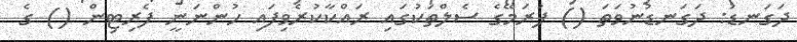
ދަގަނޑު: ދަގަނޑުނުވަތަ () ފުރަމޭގެ ސެލްތަކުގައި ރައްކާކުރެވިފައި ހުންނަނީ ފެރިޓިން () ގެ